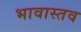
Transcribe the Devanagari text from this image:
भावास्तव